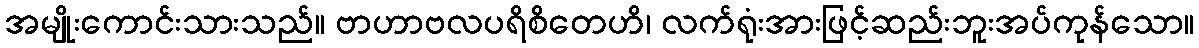
အမျိုးကောင်းသားသည်။ ဗာဟာဗလပရိစိတေဟိ၊ လက်ရုံးအားဖြင့်ဆည်းဘူးအပ်ကုန်သော။